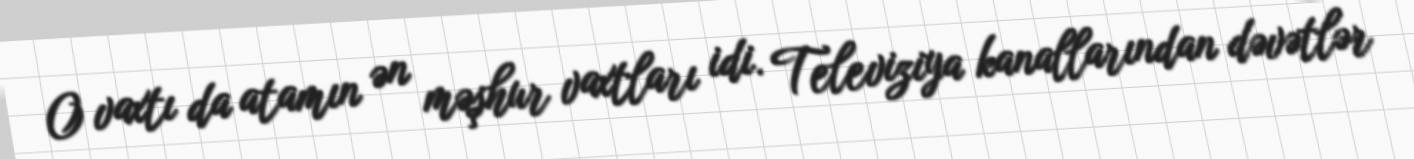
O vaxtı da atamın ən məşhur vaxtları idi. Televiziya kanallarından dəvətlər